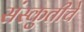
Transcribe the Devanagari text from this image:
संस्कुतीचे